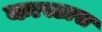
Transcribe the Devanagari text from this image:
कास्टास